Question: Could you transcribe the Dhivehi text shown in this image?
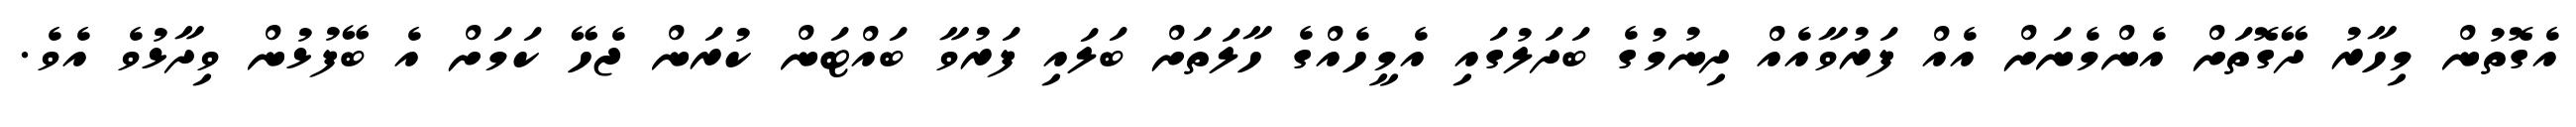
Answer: އެގޮތުން މިހާރު ދޭގޮތަށް އެންމެނަށް އެއް ފަރުވާއެއް ދިނުމުގެ ބަދަލުގައި އެމީހެއްގެ ހާލަތަށް ބަލައި ފަރުވާ ބައްޓަން ކުރަން ޖެހޭ ކަމަށް އެ ބޭފުޅުން ވިދާޅުވެ އެވެ.